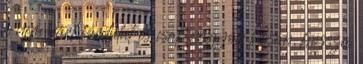
a nem várt fordulat és csak nagyon lassan, hosszú